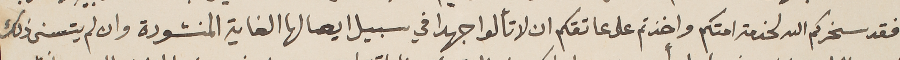
فقد سخركم الله لخدمة امتكم واخذتم على عاتقكم ان لا تألوا جهدا في سبيل ايصالها الغاية المنشودة وان لم يتسنى ذلك